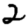
Digit: 2